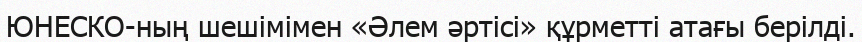
ЮНЕСКО-ның шешiмiмен «Әлем әртiсi» құрметтi атағы берiлдi.